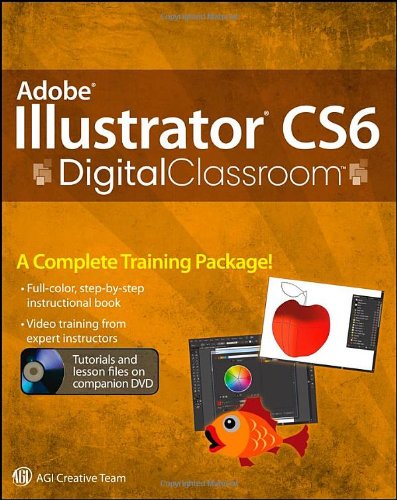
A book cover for Adobe Illustrator CS6 Digital Classroom; Jennifer Smith; Computers & Technology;